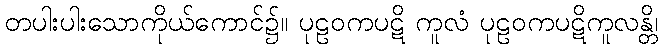
တပါးပါးသောကိုယ်ကောင်၌။ ပုဠဝကပဋိ ကူလံ ပုဠဝကပဋိကူလန္တိ၊